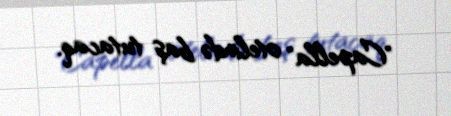
"Capella" otelində baş tutacaq.